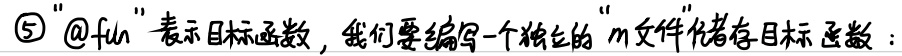
\textcircled{5} “@fun”表示目标函数，我们要编写一个独立的“m文件”代替目标函数：